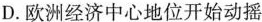
D.欧洲经济中心地位开始动摇